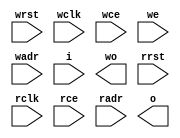
module syncRam4kx9_1rw1r(
	input wrst,
	input wclk,
	input wce,
	input we,
	input [11:0] wadr,
	input [8:0] i,
	output [8:0] wo,
	input rrst,
	input rclk,
	input rce,
	input [11:0] radr,
	output [8:0] o
);

`ifdef SYNTHESIS
`ifdef VENDOR_XILINX

`ifdef SPARTAN3
	wire [8:0] o0;
	wire [8:0] o1;
	wire [8:0] wo0;
	wire [8:0] wo1;
	wire rrst0 =  radr[11];
	wire rrst1 = ~radr[11];
	wire wrst0 =  wadr[11];
	wire wrst1 = ~wadr[11];
	wire we0 = we & ~wadr[11];
	wire we1 = we &  wadr[11];

	RAMB16_S9_S9 ram0(
		.CLKA(wclk), .ADDRA(wadr), .DIA(i[7:0]), .DIPA(i[8]), .DOA(wo0[7:0]), .DOPA(wo0[8]), .ENA(wce), .WEA(we0), .SSRA(wrst0),
		.CLKB(rclk), .ADDRB(radr), .DIB(8'hFF), .DIPB(1'b1), .DOB(o0[7:0]), .DOPB(o0[8]), .ENB(rce), .WEB(1'b0), .SSRB(rrst0)  );
	RAMB16_S9_S9 ram1(
		.CLKA(wclk), .ADDRA(wadr), .DIA(i[7:0]), .DIPA(i[8]), .DOA(wo1[7:0]), .DOPA(wo1[8]), .ENA(wce), .WEA(we1), .SSRA(wrst1),
		.CLKB(rclk), .ADDRB(radr), .DIB(8'hFF), .DIPB(1'b1), .DOB(o1[7:0]), .DOPB(o1[8]), .ENB(rce), .WEB(1'b0), .SSRB(rrst1)  );

	assign o = o0|o1;
	assign wo = wo0|wo1;

`endif

`ifdef SPARTAN2
	RAMB4_S2_S2 ram0(
		.CLKA(wclk), .ADDRA(wadr), .DIA(i[1:0]), .DOA(wo[1:0]), .ENA(wce), .WEA(we), .RSTA(wrst),
		.CLKB(rclk), .ADDRB(radr), .DIB(2'b11), .DOB(o[1:0]), .ENB(rce), .WEB(1'b0), .RSTB(rrst)  );
	RAMB4_S2_S2 ram1(
		.CLKA(wclk), .ADDRA(wadr), .DIA(i[3:2]), .DOA(wo[3:2]), .ENA(wce), .WEA(we), .RSTA(wrst),
		.CLKB(rclk), .ADDRB(radr), .DIB(2'b11), .DOB(o[3:2]), .ENB(rce), .WEB(1'b0), .RSTB(rrst)  );
	RAMB4_S2_S2 ram2(
		.CLKA(wclk), .ADDRA(wadr), .DIA(i[5:4]), .DOA(wo[5:4]), .ENA(wce), .WEA(we), .RSTA(wrst),
		.CLKB(rclk), .ADDRB(radr), .DIB(2'b11), .DOB(o[5:4]), .ENB(rce), .WEB(1'b0), .RSTB(rrst)  );
	RAMB4_S2_S2 ram3(
		.CLKA(wclk), .ADDRA(wadr), .DIA(i[7:6]), .DOA(wo[5:4]), .ENA(wce), .WEA(we), .RSTA(wrst),
		.CLKB(rclk), .ADDRB(radr), .DIB(2'b11), .DOB(o[5:4]), .ENB(rce), .WEB(1'b0), .RSTB(rrst)  );
`endif

`endif

`ifdef VENDOR_ALTERA
`endif

`else

	reg [8:0] mem [2047:0];
	reg [10:0] rradr;
	reg [10:0] rwadr;

	// register read addresses
	always @(posedge rclk)
		if (rce) rradr <= radr;

	assign o = mem[rradr];

	// write side
	always @(posedge wclk)
		if (wce) rwadr <= wadr;

	always @(posedge wclk)
		if (wce) mem[wadr] <= i;

	assign wo = mem[rwadr];

`endif

endmodule